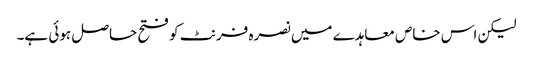
لیکن اس خاص معاہدے میں نصرہ فرنٹ کو فتح حاصل ہوئی ہے۔